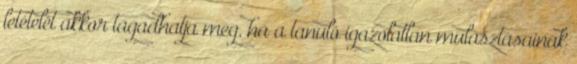
letételét akkor tagadhatja meg, ha a tanuló igazolatlan mulasztásainak